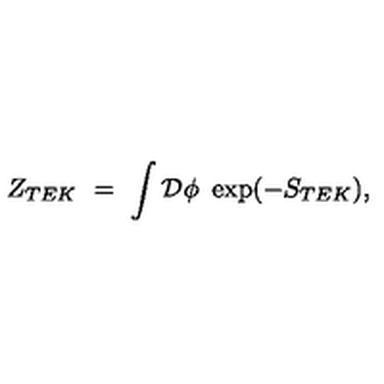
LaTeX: Z _ { T E K } \ = \ \int \mathcal { D } \phi \ \exp ( - S _ { T E K } ) ,